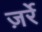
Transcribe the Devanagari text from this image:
ज़र्रे